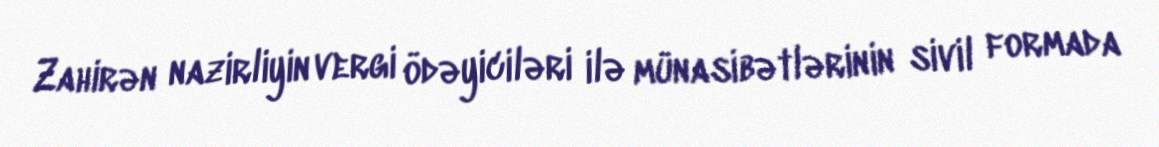
Zahirən nazirliyin vergi ödəyiciləri ilə münasibətlərinin sivil formada